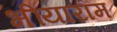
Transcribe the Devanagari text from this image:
भींयाराम